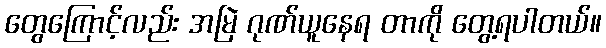
တွေကြောင့်လည်း အမြဲ ဂုဏ်ယူနေရ တာကို တွေ့ရပါတယ်။